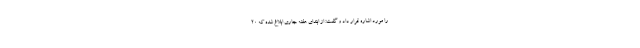
را مورد اشاره قرار داد و گفت: از ابتدای هفته جاری ابلاغ شده که ۲۰